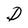
Character: D